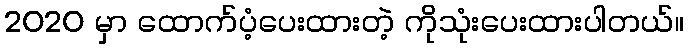
2020 မှာ ထောက်ပံ့ပေးထားတဲ့ ကိုသုံးပေးထားပါတယ်။